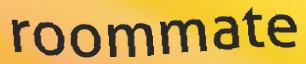
roommate